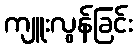
ကျူးလွန်ခြင်း